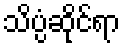
သိပ္ပံဆိုင်ရာ